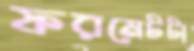
ফরমেটটা